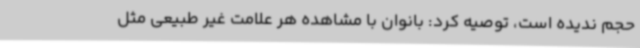
حجم ندیده است، توصیه کرد: بانوان با مشاهده هر علامت غیر طبیعی مثل